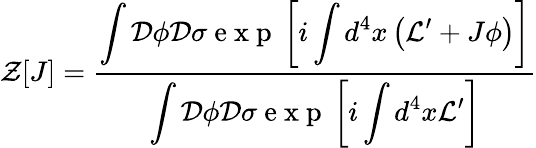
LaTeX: \mathcal{Z}[J]=\frac{\displaystyle\int\mathcal{D}\phi\mathcal{D}\sigma\mathrm{~e~x~p~}\left[i\displaystyle\int d^{4}x\left(\mathcal{L}^{\prime}+J\phi\right)\right]}{\displaystyle\int\mathcal{D}\phi\mathcal{D}\sigma\mathrm{~e~x~p~}\left[i\displaystyle\int d^{4}x\mathcal{L}^{\prime}\right]}